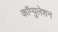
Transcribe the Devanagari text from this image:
कॉग्युलेशन